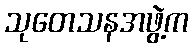
သုတေသနအဖွဲ့က